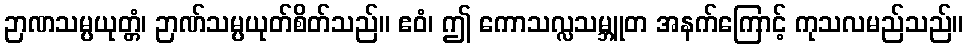
ဉာဏသမ္ပယုတ္တံ၊ ဉာဏ်သမ္ပယုတ်စိတ်သည်။ ဧဝံ၊ ဤ ကောသလ္လသမ္ဘူတ အနက်ကြောင့် ကုသလမည်သည်။